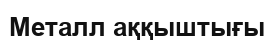
Металл аққыштығы